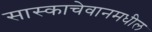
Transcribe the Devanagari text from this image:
सास्काचेवानमधील